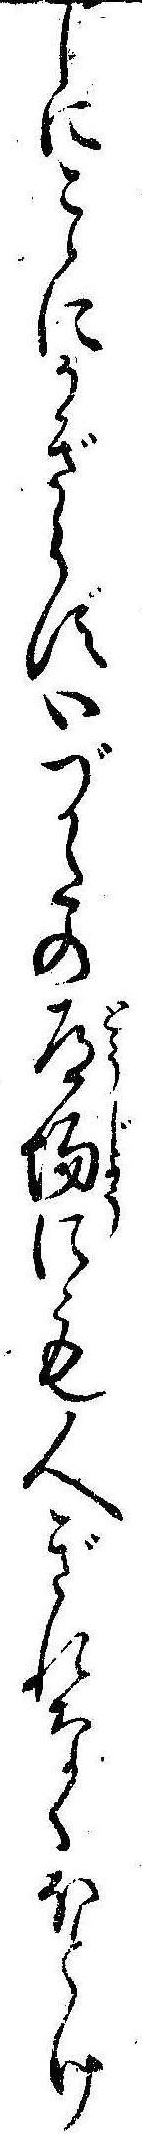
しにこゝにかぎらずいづかたの道場にも人ぎれなくほとけ